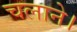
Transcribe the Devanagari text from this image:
चलाने।